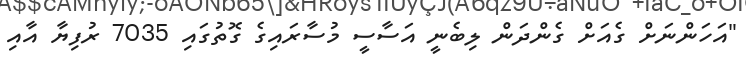
"އަހަންނަށް ގެއަށް ގެންދަން ލިބެނީ އަސާސީ މުސާރައިގެ ގޮތުގައި 7035 ރުފިޔާ އާއި